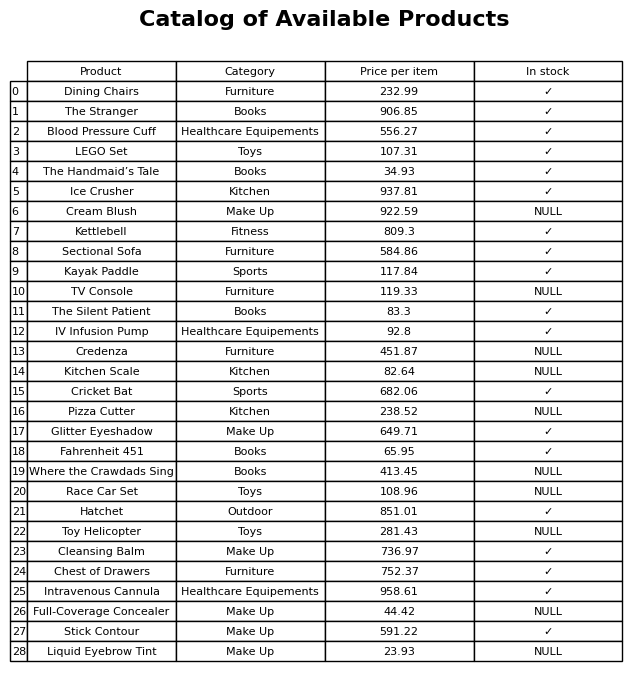
question: What is the price for Where the Crawdads Sing?
answer: The price of Where the Crawdads Sing is 413.45.